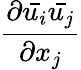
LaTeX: \frac{\partial{\bar{u_{i}}}{\bar{u_{j}}}}{\partial x_{j}}